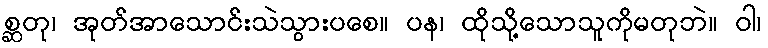
စ္ဆတု၊ အုတ်အာသောင်းသဲသွားပစေ။ ပန၊ ထိုသို့သောသူကိုမတုဘဲ။ ဝါ၊